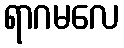
ရာဂမလေ